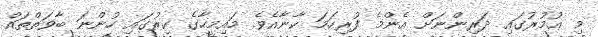
މި ޢުމުރުގައި ދަރިންނަށް އެންމެ ފުރިހަމަ ކާނާއެވެ. މައިމީހާގެ ކިރުގައި ހުންނަ ބާވަތްތައް